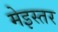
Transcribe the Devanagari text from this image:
मेइस्तर